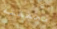
محفظته